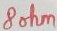
Text: 8ohm